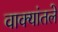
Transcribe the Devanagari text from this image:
वाक्यांतले